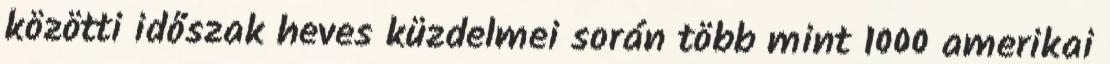
közötti időszak heves küzdelmei során több mint 1000 amerikai